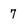
Character: 7